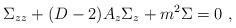
LaTeX: \begin{align*}\Sigma_{zz}+(D-2)A_z\Sigma_z+m^2\Sigma=0~,\end{align*}